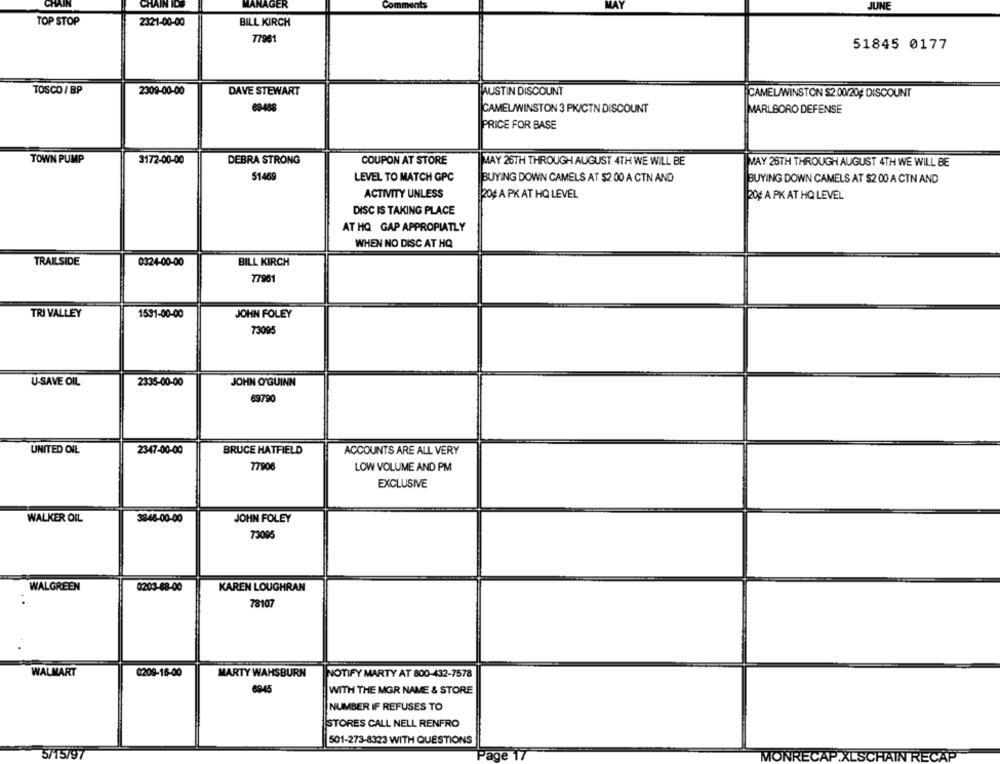
CHAIN ID
MANAGER
comments
JUNE
TOP STOP
2321-00-00
BILL KIRCH
77961
51845 0177
TOSCO / BP
2309-00-00
DAVE STEWART
AUSTIN DISCOUNT
CAMELWINSTON $2 00/20# DISCOUNT
69488
CAMEL/WINSTON 3 PK/CTN DISCOUNT
MARLBORO DEFENSE
PRICE FOR BASE
TOWN PUMP
3172-00-00
DEBRA STRONG
COUPON AT STORE
MAY 26TH THROUGH AUGUST 4TH WE WILL BE
MAY 26TH THROUGH AUGUST 4TH WE WILL BE
51469
LEVEL TO MATCH GPC
BUYING DOWN CAMELS AT $2.00 A CTN AND
BUYING DOWN CAMELS AT $2 00 A CTN AND
ACTIVITY UNLESS
120g A PK AT HO LEVEL
20# A PK AT HQ LEVEL
DISC IS TAKING PLACE
AT HQ GAP APPROPIATLY
WHEN NO DISC AT HQ
BILL KIRCH
TRAILSIDE
0324-00-00
77961
TRI VALLEY
1531-00-00
JOHN FOLEY
7309
U-SAVE OIL
2335-00-00
JOHN O'GUINN
69790
UNITED OIL
2347-00-00
BRUCE HATFIELD
ACCOUNTS ARE ALL VERY
77908
LOW VOLUME AND PM
EXCLUSIVE
WALKER OIL
3846-00-00
JOHN FOLEY
73095
WALGREEN
0203-88-00
KAREN LOUGHRAN
..
78107
WALMART
0209-16-00
MARTY WAHSBURN
NOTIFY MARTY AT 800-432-7578
6945
WITH THE MGR NAME & STORE
NUMBER IF REFUSES TO
STORES CALL NELL RENFRO
501-273-8323 WITH QUESTIONS
5/15/97
Page 1
MON
RE